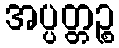
အပ္ပတ္တဉ္စ